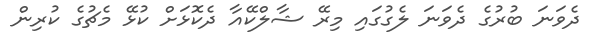
ދެވަނަ ބުރުގެ ދެވަނަ ލެގުގައި މިރޭ ޝާލްކޭއާ ދެކޮޅަށް ކުޅޭ މެޗުގެ ކުރިން